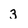
Character: 3